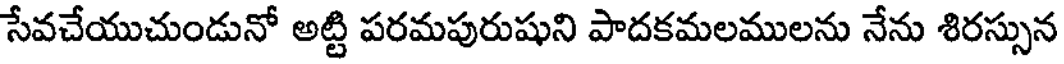
సేవచేయుచుండునో అట్టి పరమపురుషుని పాదకమలములను నేను శిరస్సున